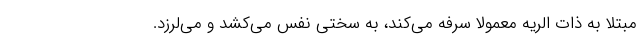
مبتلا به ذات الریه معمولا سرفه می‌کند، به سختی نفس می‌کشد و می‌لرزد.